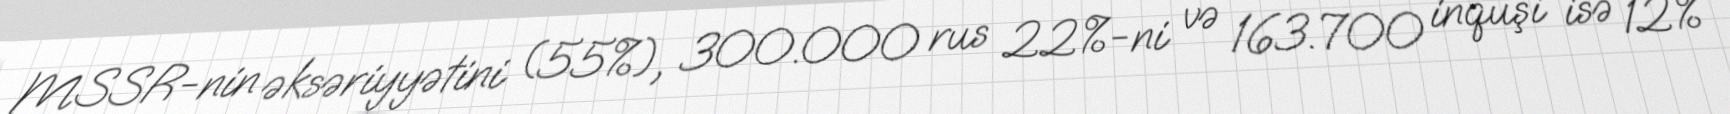
MSSR-nin əksəriyyətini (55%), 300.000 rus 22%-ni və 163.700 inquşi isə 12%